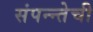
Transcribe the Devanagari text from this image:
संपन्न्तेची